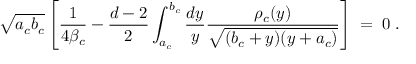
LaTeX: \sqrt { a _ { c } b _ { c } } \left[ { \frac { 1 } { 4 \beta _ { c } } } - { \frac { d - 2 } { 2 } } \int _ { a _ { c } } ^ { b _ { c } } { \frac { d y } { y } } { \frac { \rho _ { c } ( y ) } { \sqrt { ( b _ { c } + y ) ( y + a _ { c } ) } } } \right] \; = \; 0 \; .